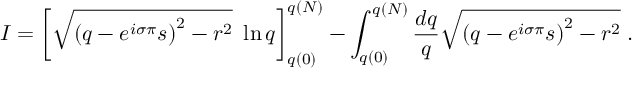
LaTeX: I = \left[ \sqrt { \left( q - e ^ { i \sigma \pi } s \right) ^ { 2 } - r ^ { 2 } } \, \, \ln q \right] _ { q ( 0 ) } ^ { q ( N ) } - \int _ { q ( 0 ) } ^ { q ( N ) } \frac { d q } { q } \sqrt { \left( q - e ^ { i \sigma \pi } s \right) ^ { 2 } - r ^ { 2 } } \; .